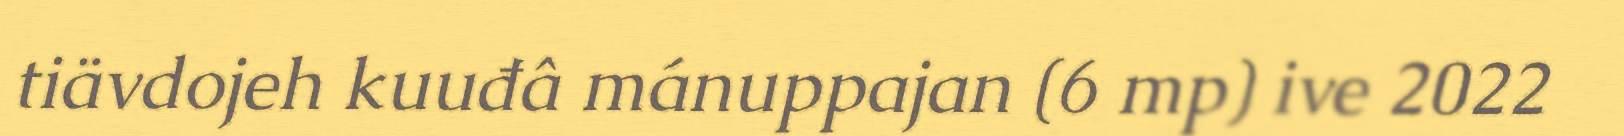
tiävdojeh kuuđâ mánuppajan (6 mp) ive 2022